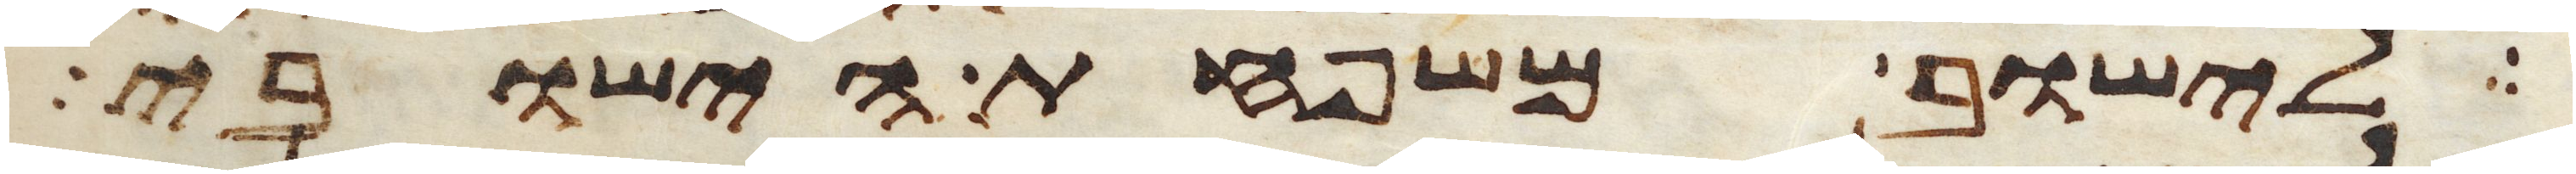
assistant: לישוב משפחת הישובי